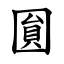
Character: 圎